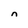
Character: n